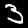
Digit: 3